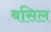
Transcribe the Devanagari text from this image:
बसिल